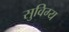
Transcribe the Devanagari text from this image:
सुविग्य